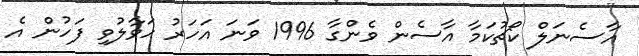
އާސެނަލް ކޯޗުކަމާ އާސެން ވެންގާ 1996 ވަނަ އަހަރު ހަވާލުވި ފަހުން އެ